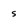
Character: 5